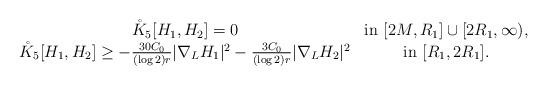
LaTeX: \begin{align*}\begin{array}{cc}\mathring{K}_5[H_1,H_2]=0 & \textup{in}\ [2M,R_1]\cup [2R_1,\infty),\\\mathring{K}_5[H_1,H_2]\geq -\frac{30C_0}{(\log 2)r}|\nabla_L H_1|^2-\frac{3C_0}{(\log 2)r}|\nabla_L H_2|^2 & \textup{in}\ [R_1,2R_1].\end{array}\end{align*}